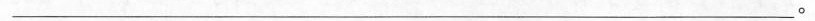
___。